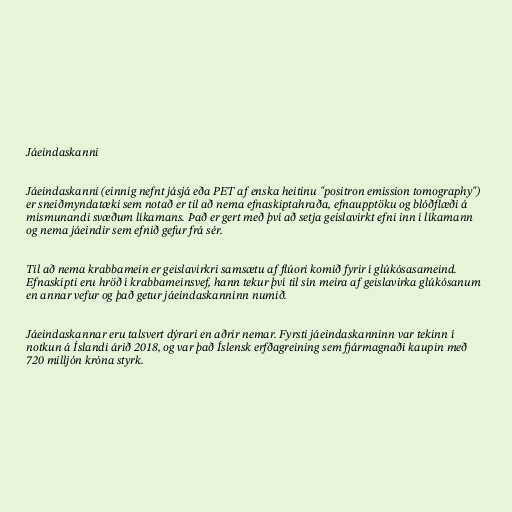
Jáeindaskanni

Jáeindaskanni (einnig nefnt jásjá eða PET af enska heitinu "positron emission tomography")
er sneiðmyndatæki sem notað er til að nema efnaskiptahraða, efnaupptöku og blóðflæði á
mismunandi svæðum líkamans. Það er gert með því að setja geislavirkt efni inn í líkamann
og nema jáeindir sem efnið gefur frá sér.

Til að nema krabbamein er geislavirkri samsætu af flúori komið fyrir í glúkósasameind.
Efnaskipti eru hröð í krabbameinsvef, hann tekur því til sín meira af geislavirka glúkósanum
en annar vefur og það getur jáeindaskanninn numið.

Jáeindaskannar eru talsvert dýrari en aðrir nemar. Fyrsti jáeindaskanninn var tekinn í
notkun á Íslandi árið 2018, og var það Íslensk erfðagreining sem fjármagnaði kaupin með
720 milljón króna styrk.